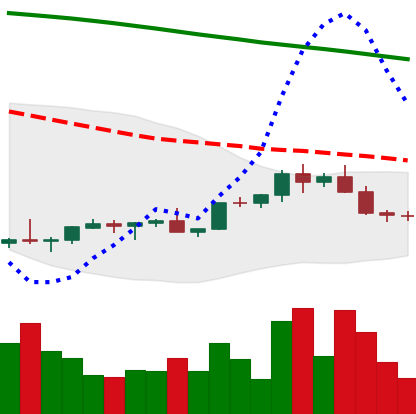
Ticker: EOS-USD
Chart end date: 2022-02-13
Forward return: -3.79%
Label: down_3_5